Report on lock hospitals in British Burma
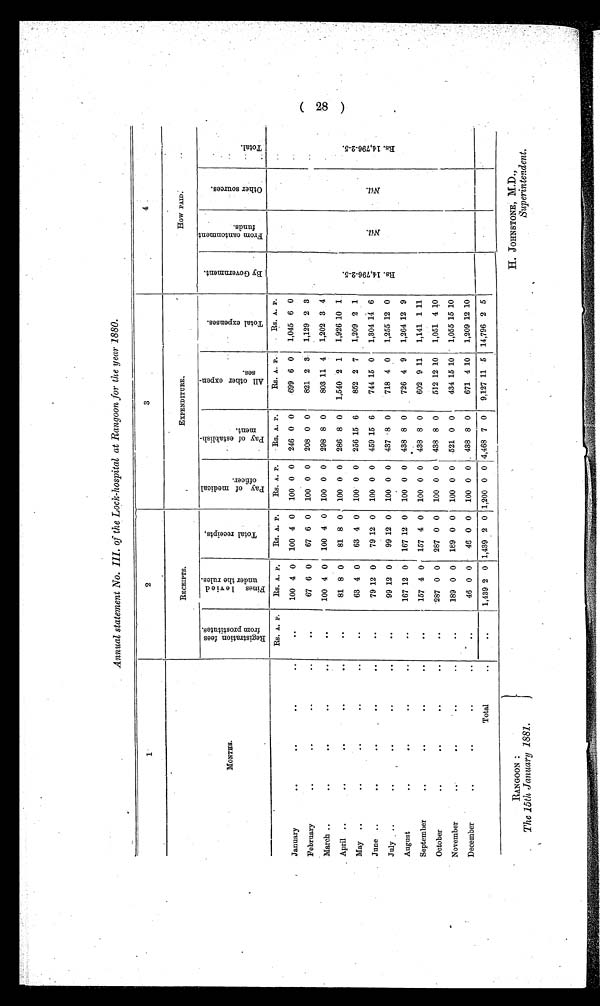
RANGOON :
The 15th January 1881.
Superintendent.
Annual statement No. III. of the Lock-hospital at Rangoon for the year 1880.
1
2
3
4
MONTHS.
RECEIPTS.
EXPENDITURE.
How PAID.
R e g i s t r a t i o n f e e s f r o m p r o s t i t u t e s .
F i n e s l i e v e d u n d e r t h e r u l e s .
T o t a l r e c i e p t s ,
P a y o f m e d i c a l o f f i c e r .
P a y o f e s t a b l i s m e n t .
A l l o t h e r e x p e n s e s .
T o t a l e x p e n s e s .
B y G o v e r n m e n t .
F r o m c a n t o n m e n t f u n d s .
O t h e r s o u r c e s .
T o t a l .
Rs. A. P.
Rs. A. P.
Rs. A. P.
Rs. A. P.
Rs. A. P.
Rs. A. P.
Rs. A. P.
R s . 1 4 , 7 9 6 - 2 - 5 .
N i l .
Nil.
R s . 1 4 , 7 9 6 - 2 - 5 .
January
..
..
..
..
..
100 4 0
100 4 0
100 0 0
246 0 0
699 6 0
1,045 6 0
February
..
..
..
..
..
67 6 0
67 6 0
100 0 0
208 0 0
821 2 3
1,129 2 3
March ..
..
..
..
..
..
100 4 0
100 4 0
100 0 0
298 8 0
803 11 4
1,202 3 4
April ..
..
..
..
81 8 0
81 8 0
100 0 0
286 8 0
1,540 2 1
1,926 10 1
May ..
..
..
..
..
..
63 4 0
63 4 0
100 0 0
256 15 6
852 2 7
1,209 2 1
June ..
..
.. ..
• •
..
79 12
0
79 12 0
100 0 0
459 15 6
744
15 0
1,304 14
July ..
..
OS
• •
..
..
99 12 0
99 12 0
100 0 0
437 8 0
718 4 0
1,255 12 0
August
..
..
..
..
..
167 12 0
167 12 0
100 0 0
438 8 0
726 4 9
1,264 12 9
September
..
..
..
..
..
157
4 0
157
4 0
100 0 0
438 8 0
602 9 11
1,141 1 11
October
..
..
..
..
..
287 0 0
287 0 0
100 0 0
438 8 0
512
12 10
1,051 4 10
November
..
..
..
..
189 0 0
189 0 0
100 0 0
521 0 0
434
15 10
1,055 15 10
December
..
..
..
..
..
46 0 0
46 0 0
100 0 0 . 438 8 0
671 4 10
1,209
12 10
Total
..
..
1,439 2 0 1,439 2 0 1,200 0 0 4,468 7 0
9,127 11 5 14,796 2 5
(28)